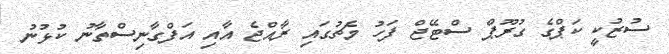
ސުޒުކީ ކަޕްގެ ގުރޫޕް ސްޓޭޖް ފަހު މެޗުގައި ރާއްޖެ އާއި އަފްގާނިސްތާނު ކުޅުނު